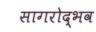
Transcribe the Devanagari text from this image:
सागरोद्भव